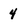
Character: 4